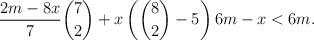
LaTeX: \begin{align*}\frac{2m-8x}{7}\binom{7}{2} + x\left(\binom{8}{2}-5\right) 6m-x < 6m.\end{align*}